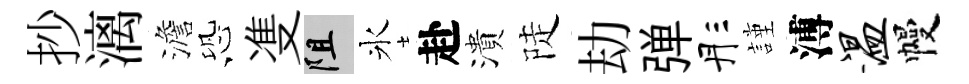
抄漓澹恐㕠阻氷赴潰陡劫弹彤謹溥温幔